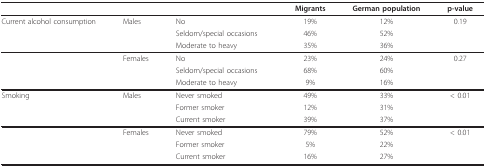
<table><thead><tr><td></td><td></td><td></td><td><b>Migrants</b></td><td><b>German population</b></td><td><b>p-value</b></td></tr></thead><tbody><tr><td>Current alcohol consumption</td><td>Males</td><td>No</td><td>19%</td><td>12%</td><td>0.19</td></tr><tr><td></td><td></td><td>Seldom/special occasions</td><td>46%</td><td>52%</td><td></td></tr><tr><td></td><td></td><td>Moderate to heavy</td><td>35%</td><td>36%</td><td></td></tr><tr><td></td><td>Females</td><td>No</td><td>23%</td><td>24%</td><td>0.27</td></tr><tr><td></td><td></td><td>Seldom/special occasions</td><td>68%</td><td>60%</td><td></td></tr><tr><td></td><td></td><td>Moderate to heavy</td><td>9%</td><td>16%</td><td></td></tr><tr><td>Smoking</td><td>Males</td><td>Never smoked</td><td>49%</td><td>33%</td><td>&lt; 0.01</td></tr><tr><td></td><td></td><td>Former smoker</td><td>12%</td><td>31%</td><td></td></tr><tr><td></td><td></td><td>Current smoker</td><td>39%</td><td>37%</td><td></td></tr><tr><td></td><td>Females</td><td>Never smoked</td><td>79%</td><td>52%</td><td>&lt; 0.01</td></tr><tr><td></td><td></td><td>Former smoker</td><td>5%</td><td>22%</td><td></td></tr><tr><td></td><td></td><td>Current smoker</td><td>16%</td><td>27%</td><td></td></tr></tbody></table>